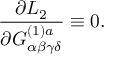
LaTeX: \frac { \partial { \cal L } _ { 2 } } { \partial G _ { \alpha \beta \gamma \delta } ^ { ( 1 ) a } } \equiv 0 .